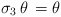
\begin{align*}\sigma_3 \, \theta \, = \theta\end{align*}